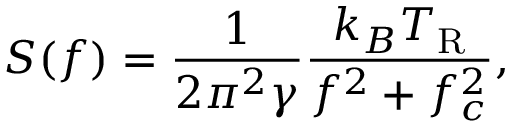
S ( f ) = \frac { 1 } { 2 \pi ^ { 2 } \gamma } \frac { k _ { B } T _ { \mathrm { R } } } { f ^ { 2 } + f _ { c } ^ { 2 } } ,